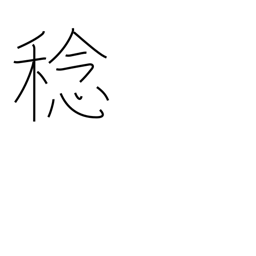
Meaning: harvest